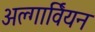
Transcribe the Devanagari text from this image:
अल्गार्वियन